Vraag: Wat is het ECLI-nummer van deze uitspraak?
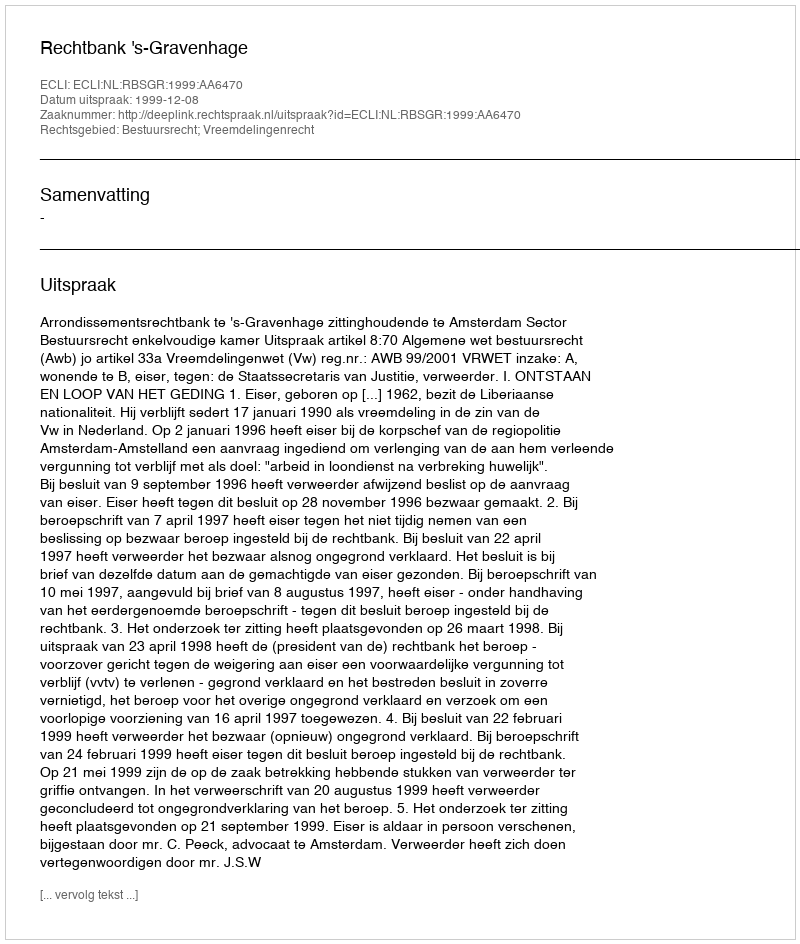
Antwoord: ECLI:NL:RBSGR:1999:AA6470